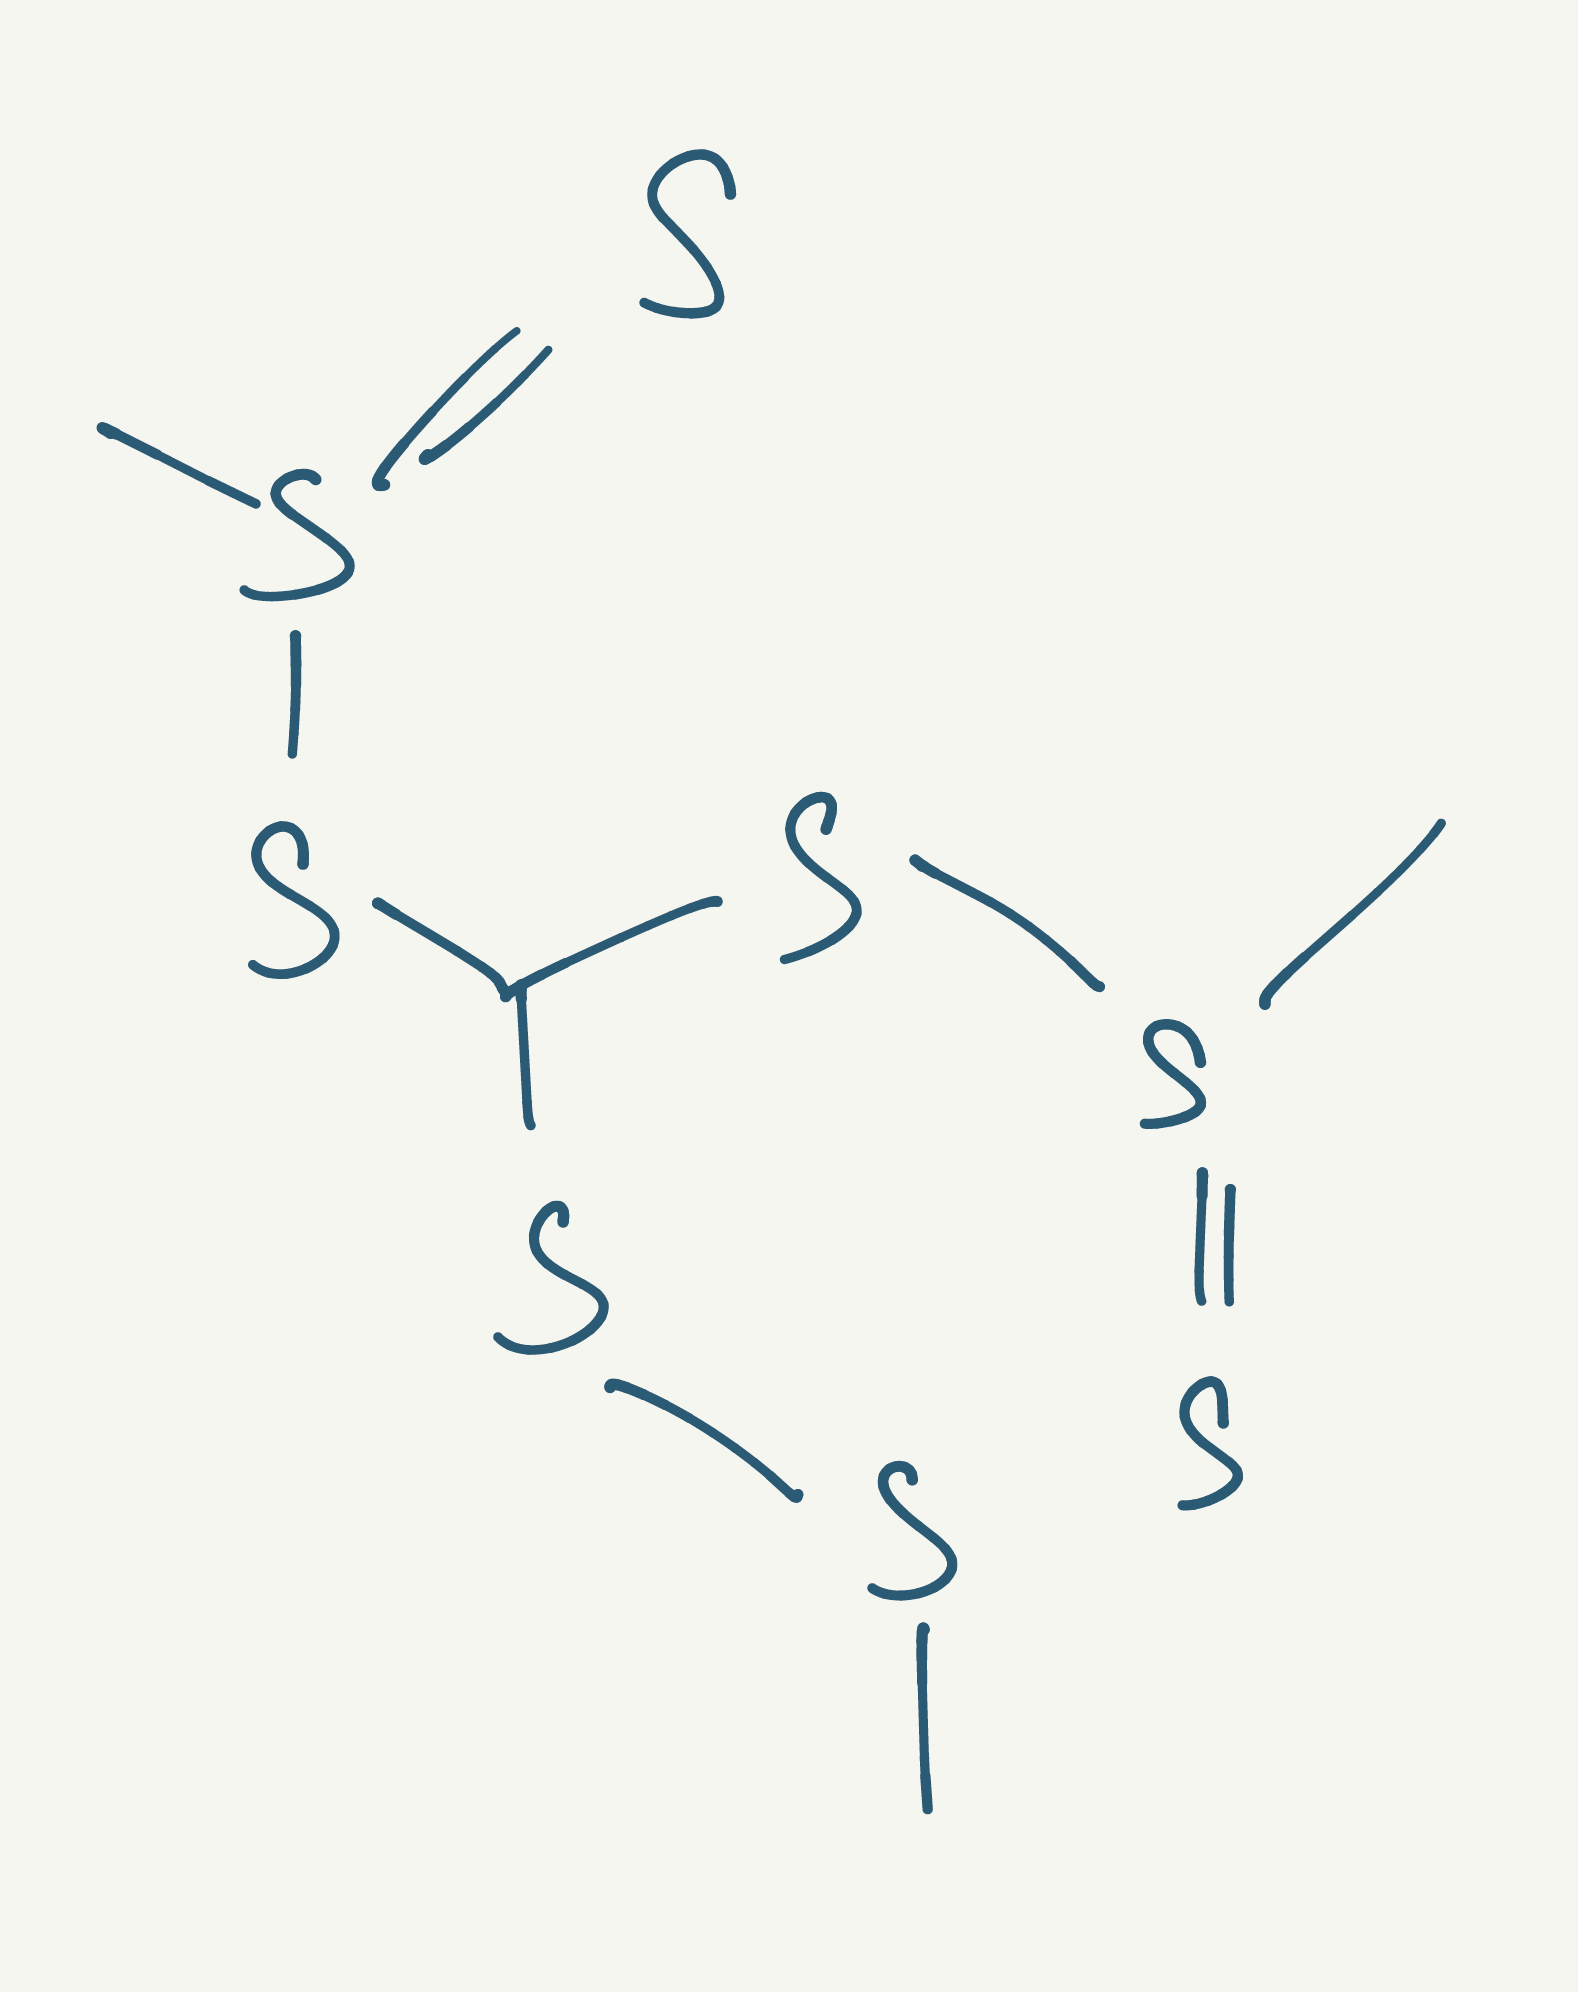
Simplified molecular-input line-entry system (SMILES) notation of the given molecule:
CSSC(SS(=S)C)SS(=S)C